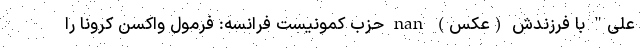
علی" با فرزندش (عکس) nan حزب کمونیست فرانسه: فرمول واکسن کرونا را